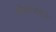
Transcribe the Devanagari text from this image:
पोस्टरवर